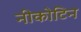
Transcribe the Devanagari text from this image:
नीकोटिन